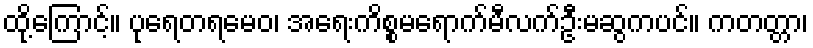
ထို့ကြောင့်။ ပုရေတရမေဝ၊ အရေးကိစ္စမရောက်မီလက်ဦးမဆွကပင်။ ကတတ္တာ၊